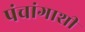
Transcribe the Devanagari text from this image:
पंचांगाशी